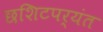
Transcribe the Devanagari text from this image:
छशिटपर्यंत